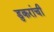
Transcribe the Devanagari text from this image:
डुकरांची